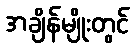
အချိန်မျိုးတွင်